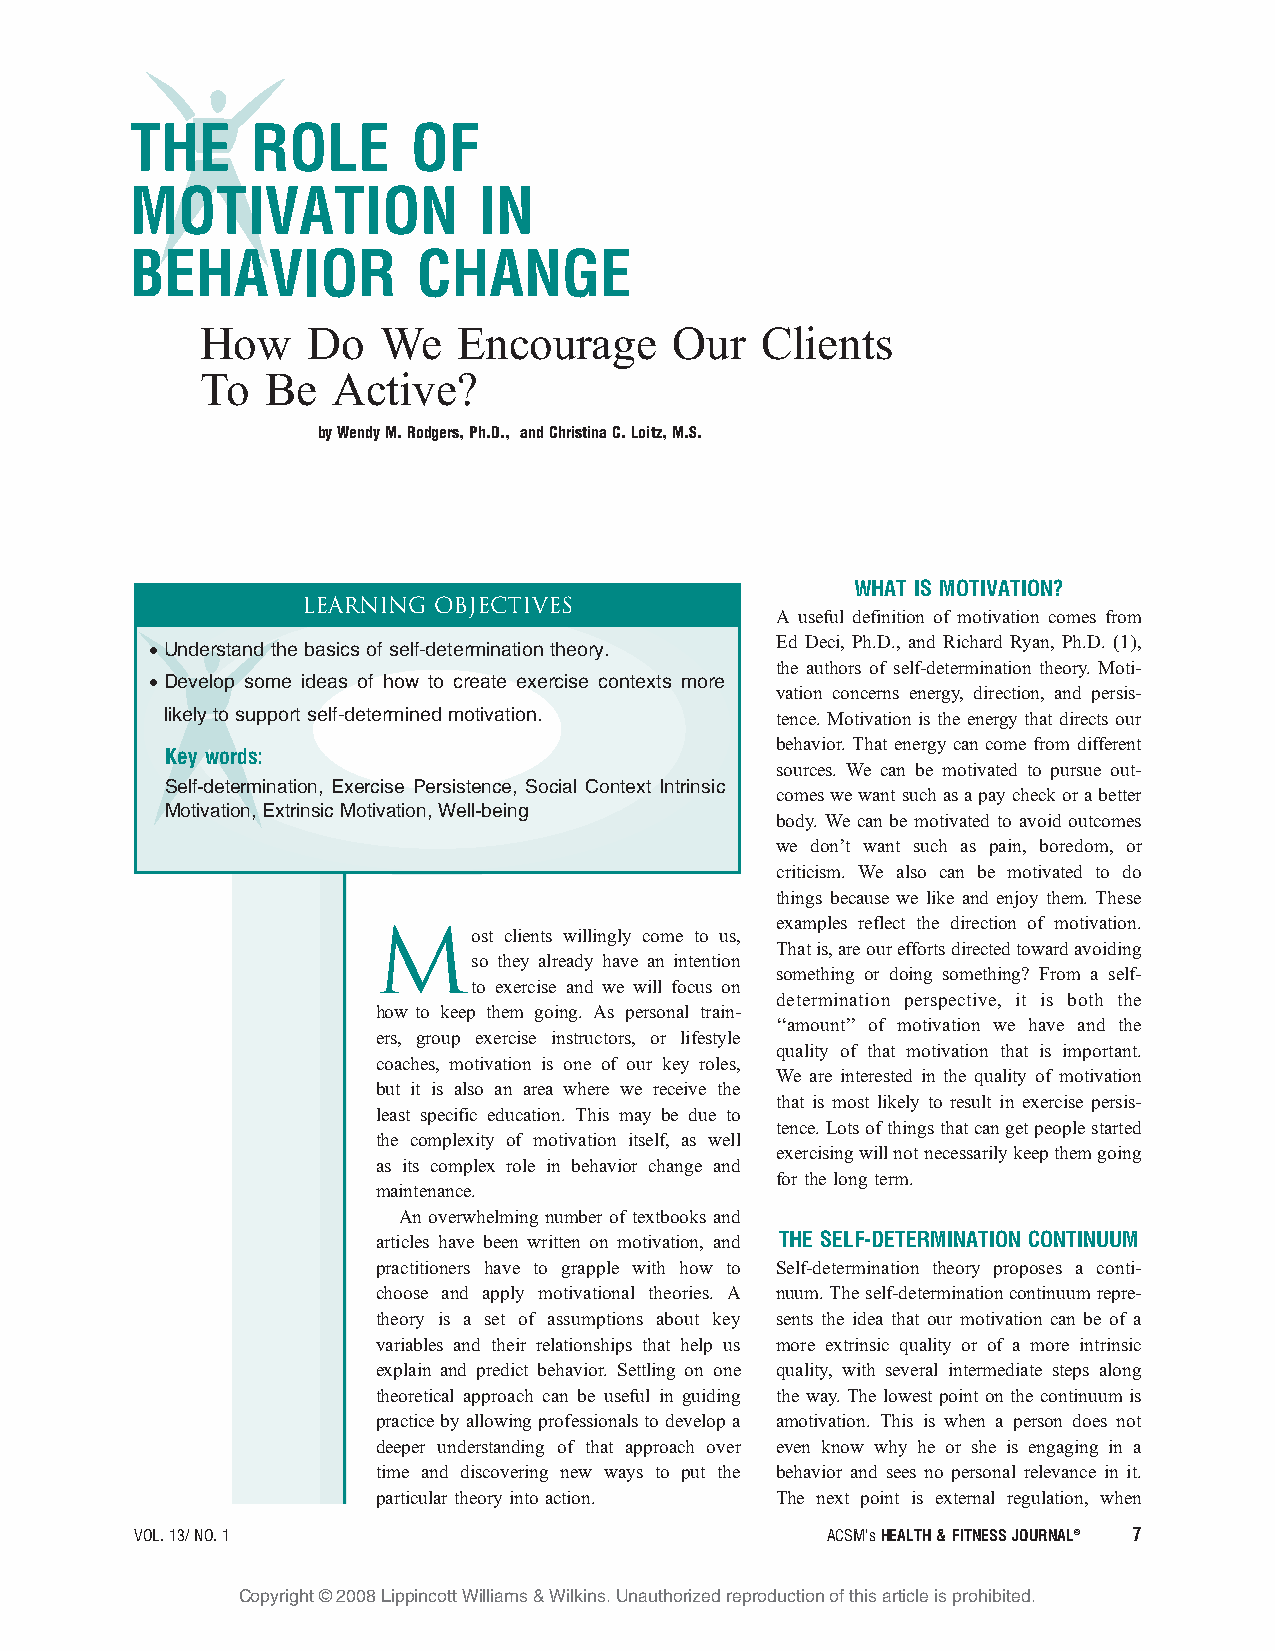
THE     ROLE      OF
 MOTIVATION             IN
 BEHAVIOR           CHANGE
 How    Do   We   Encourage      Our  Clients
 To   Be  Active?
 byWendyM.Rodgers,Ph.D., andChristinaC.Loitz,M.S.
 WHAT IS MOTIVATION?
 LEARNING OBJECTIVES
 A useful definition of motivation comes from
 Ed Deci, Ph.D., and Richard Ryan, Ph.D. (1),
 •Understand the basics of self-determination theory.
 the authors of self-determination theory. Moti-
 •Develop some ideas of how to create exercise contexts more
 vation concerns energy, direction, and persis-
 likely to support self-determined motivation. tence. Motivation is the energy that directs our
 behavior. That energy can come from different
 Key words:
 sources. We can be motivated to pursue out-
 Self-determination, Exercise Persistence, Social Context Intrinsic
 comeswewantsuchasapaycheckorabetter
 Motivation, Extrinsic Motivation, Well-being
 body. We can be motivated to avoid outcomes
 we don’t want such as pain, boredom, or
 criticism. We also can be motivated to do
 things because we like and enjoy them. These
 examples reflect the direction of motivation.
 Most    clients willingly come to us,
 Thatis,areoureffortsdirectedtowardavoiding
 so they already have an intention
 something or doing something? From a self-
 to exercise and we will focus on
 determination perspective, it is both the
 how to keep them going. As personal train-
 ‘‘amount’’ of motivation we have and the
 ers, group exercise instructors, or lifestyle
 quality of that motivation that is important.
 coaches, motivation is one of our key roles,
 We are interested in the quality of motivation
 but it is also an area where we receive the
 that is most likely to result in exercise persis-
 least specific education. This may be due to
 tence.Lotsofthingsthatcangetpeoplestarted
 the complexity of motivation itself, as well
 exercisingwillnotnecessarilykeepthemgoing
 as its complex role in behavior change and
 for the longterm.
 maintenance.
 An overwhelming number of textbooks and
 articles have been written on motivation, and THE SELF-DETERMINATION CONTINUUM
 practitioners have to grapple with how to Self-determination theory proposes a conti-
 choose and apply motivational theories. A nuum.Theself-determinationcontinuumrepre-
 theory is a set of assumptions about key sents the idea that our motivation can be of a
 variables and their relationships that help us more extrinsic quality or of a more intrinsic
 explain and predict behavior. Settling on one quality, with several intermediate steps along
 theoretical approach can be useful in guiding the way. The lowest point on the continuum is
 practicebyallowingprofessionalstodevelopa amotivation. This is when a person does not
 deeper understanding of that approach over even know why he or she is engaging in a
 time and discovering new ways to put the behavior and sees no personal relevance in it.
 particular theory into action. The next point is external regulation, when
 VOL.13/NO.1                                   ACSM’sHEALTH&FITNESSJOURNALA 7
 Copyright @ 2008 Lippincott Williams & Wilkins. Unauthorized reproduction of this article is prohibited.